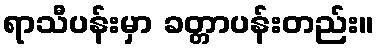
ရာသီပန်းမှာ ခတ္တာပန်းတည်း။